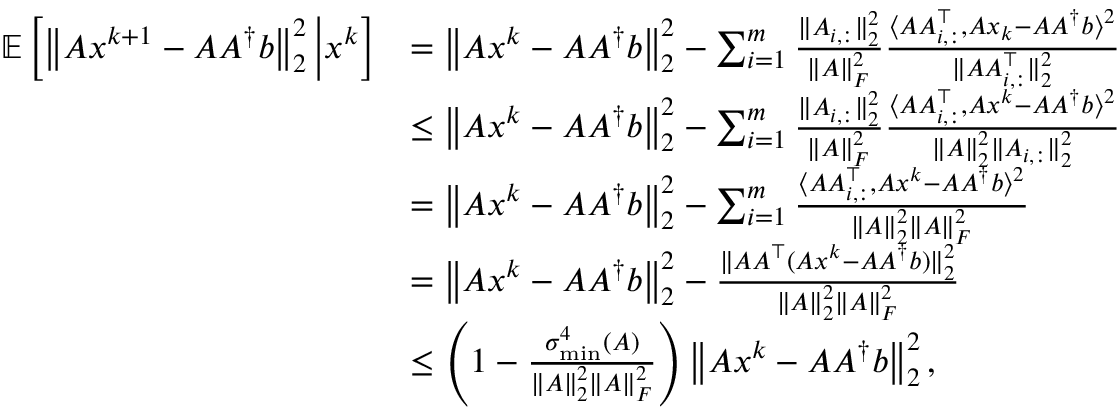
\begin{array} { r l } { \mathbb { E } \left[ \left\| A x ^ { k + 1 } - A A ^ { \dagger } b \right\| _ { 2 } ^ { 2 } \bigg | x ^ { k } \right] } & { = \left\| A x ^ { k } - A A ^ { \dagger } b \right\| _ { 2 } ^ { 2 } - \sum _ { i = 1 } ^ { m } \frac { \| A _ { i , : } \| _ { 2 } ^ { 2 } } { \| A \| _ { F } ^ { 2 } } \frac { \langle A A _ { i , : } ^ { \top } , A x _ { k } - A A ^ { \dagger } b \rangle ^ { 2 } } { \| A A _ { i , : } ^ { \top } \| _ { 2 } ^ { 2 } } } \\ & { \leq \left\| A x ^ { k } - A A ^ { \dagger } b \right\| _ { 2 } ^ { 2 } - \sum _ { i = 1 } ^ { m } \frac { \| A _ { i , : } \| _ { 2 } ^ { 2 } } { \| A \| _ { F } ^ { 2 } } \frac { \langle A A _ { i , : } ^ { \top } , A x ^ { k } - A A ^ { \dagger } b \rangle ^ { 2 } } { \| A \| _ { 2 } ^ { 2 } \| A _ { i , : } \| _ { 2 } ^ { 2 } } } \\ & { = \left\| A x ^ { k } - A A ^ { \dagger } b \right\| _ { 2 } ^ { 2 } - \sum _ { i = 1 } ^ { m } \frac { \langle A A _ { i , : } ^ { \top } , A x ^ { k } - A A ^ { \dagger } b \rangle ^ { 2 } } { \| A \| _ { 2 } ^ { 2 } \| A \| _ { F } ^ { 2 } } } \\ & { = \left\| A x ^ { k } - A A ^ { \dagger } b \right\| _ { 2 } ^ { 2 } - \frac { \| A A ^ { \top } ( A x ^ { k } - A A ^ { \dagger } b ) \| _ { 2 } ^ { 2 } } { \| A \| _ { 2 } ^ { 2 } \| A \| _ { F } ^ { 2 } } } \\ & { \leq \left( 1 - \frac { \sigma _ { \operatorname* { m i n } } ^ { 4 } ( A ) } { \| A \| _ { 2 } ^ { 2 } \| A \| _ { F } ^ { 2 } } \right) \left\| A x ^ { k } - A A ^ { \dagger } b \right\| _ { 2 } ^ { 2 } , } \end{array}